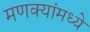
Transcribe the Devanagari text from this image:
मणक्यांमध्ये